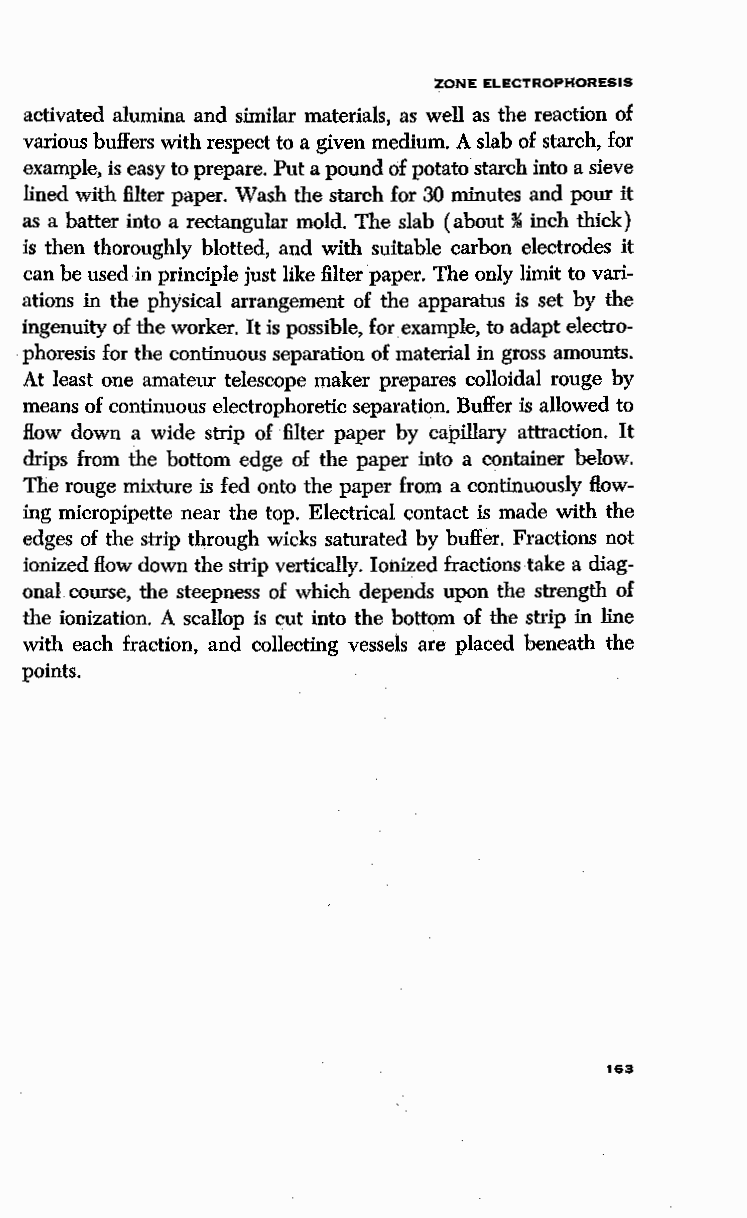
ZONE ELECTROPHORESIS
 activated alumina and similar materials, as well as the reaction of
 various buffers with respect to a given medium. A slab of starch, for
 example, is easy to prepare. Put a pound of potato starch into a sieve
 lined with filter paper. Wash the starch for 30 minutes and pour it
 as a batter into a rectangular mold. The slab (about " inch thick)
 is then thoroughly blotted, and with suitable carbon electrodes it
 can be used in principle just like filter paper. The only limit to vari
 ations in the physical arrangement of the apparatus is set by the
 ingenuity of the worker. It is possible, for example, to adapt electro
 phoresis for the continuous separation of material in gtoss amounts.
 At least one amateur telescope maker prepares colloidal rouge by
 means of continuous electrophoretic separation. Buffer is allowed to
 Bow down a wide strip of filter paper by capillary attraction. It
 drips from the bottom edge of the paper into a container below.
 The rouge mixture is fed onto the paper from a continuously flow
 ing micropipette near the top. Electrical contact is made with the
 edges of the strip through wicks saturated by buffer. Fractions not
 ionized flow down the strip vertically. Ionized fractions take a diag
 onal course, the steepness of which depends upon the strength of
 the ionization. A scallop is cut into the bottom of the strip in line
 with each fraction, and collecting vessels are placed beneath the
 points.
 163